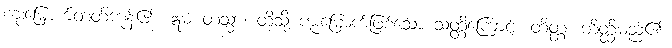
ကူးမြောက်တတ်ကုန်၏။ ဣမံ တသ္မာ၊ ထိုသို့ ကူးမြောက်ဖြစ်သော သတ္တိကြောင့်။ တိတ္ထံ၊ တိတ္ထိမည်၏။